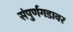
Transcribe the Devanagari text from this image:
संपुर्णगडावर